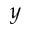
y